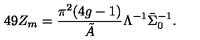
4 9 Z _ { m } = \frac { \pi ^ { 2 } ( 4 g - 1 ) } { \tilde { A } } \Lambda ^ { - 1 } \bar { \Sigma } _ { 0 } ^ { - 1 } .